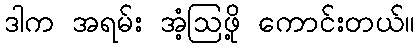
ဒါက အရမ်း အံ့ဩဖို့ ကောင်းတယ်။